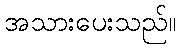
အသားပေးသည်။